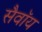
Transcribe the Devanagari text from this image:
सैवॉय